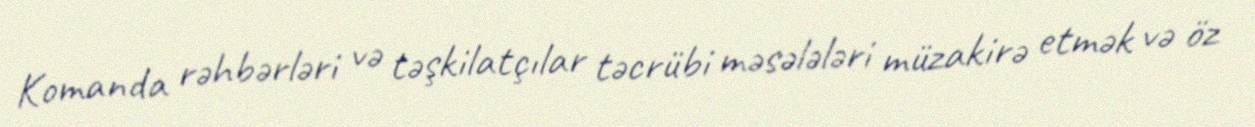
Komanda rəhbərləri və təşkilatçılar təcrübi məsələləri müzakirə etmək və öz